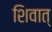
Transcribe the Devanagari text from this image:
शिवात्